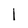
Character: l